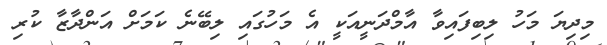
މިދިޔަ މަހު ލިބިފައިވާ އާމްދަނީއަކީ އެ މަހުގައި ލިބޭނެ ކަމަށް އަންދާޒާ ކުރި